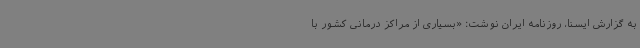
به گزارش ایسنا، روزنامه ایران نوشت: «بسیاری از مراکز درمانی کشور با